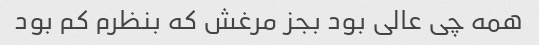
همه چی عالی بود بجز مرغش که بنظرم کم بود